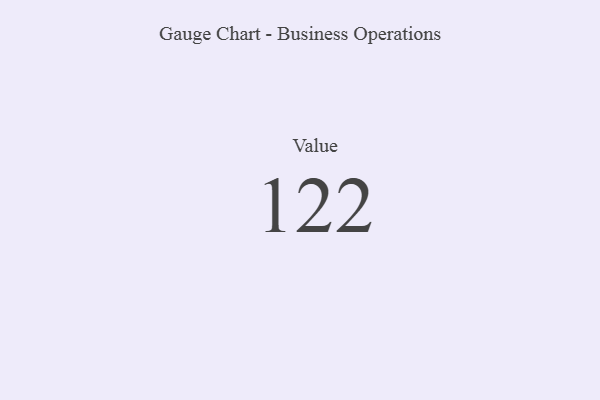
{"axis": {"x": "Metric", "y": "Value"}, "legend": [""], "data": [{"x": "Value", "y": 122, "type": ""}]}